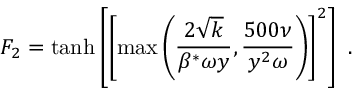
F _ { 2 } = \operatorname { t a n h } \left[ \left[ \operatorname* { m a x } \left( \frac { 2 \sqrt { k } } { \beta ^ { * } \omega y } , \frac { 5 0 0 \nu } { y ^ { 2 } \omega } \right) \right] ^ { 2 } \right] \mathrm { ~ . ~ }